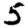
Digit: 5